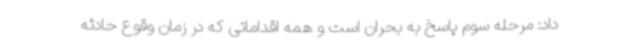
داد: مرحله سوم پاسخ به بحران است و همه اقداماتی که در زمان وقوع حادثه